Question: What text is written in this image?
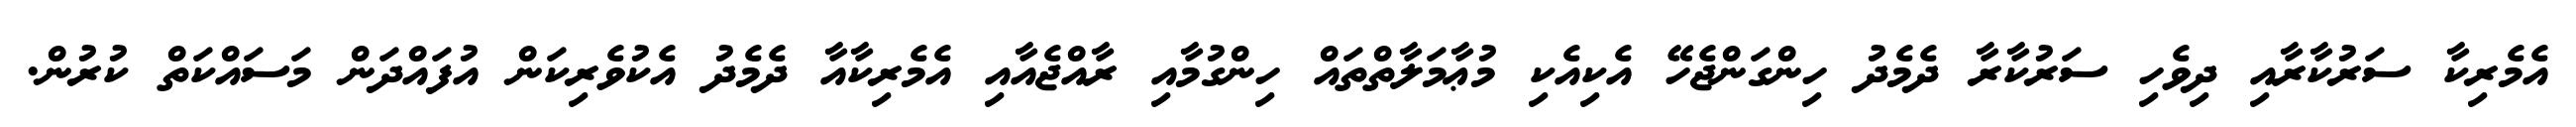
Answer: އެމެރިކާ ސަރުކާރާއި ދިވެހި ސަރުކާރާ ދެމެދު ހިންގަންޖެހޭ އެކިއެކި މުޢާމަލާތްތައް ހިންގުމާއި ރާއްޖެއާއި އެމެރިކާއާ ދެމެދު އެކުވެރިކަން އުފައްދަން މަސައްކަތް ކުރުން.